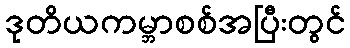
ဒုတိယကမ္ဘာစစ်အပြီးတွင်